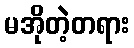
မအိုတဲ့တရား